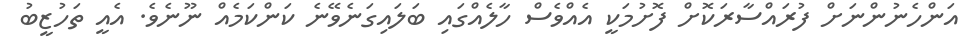
އަންހެނުންނަށް ފުރައްސާރަކޮށް ފޮށުމަކީ އެއްވެސް ހާލެއްގައި ބަލައިގަނެވޭނެ ކަންކަމެއް ނޫނެވެ. އެއީ ތަހުޒީބު